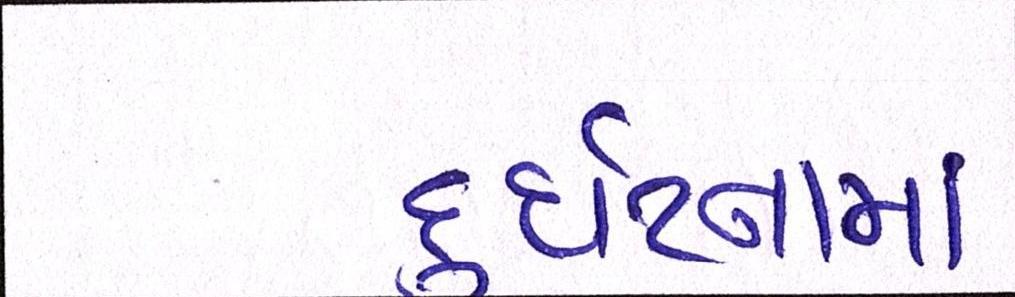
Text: દુર્ઘટનામાં